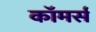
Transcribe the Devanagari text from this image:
काॅमर्स